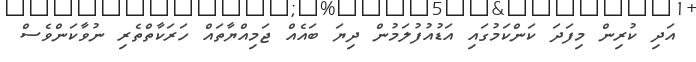
އަދި ކުރިން މިފަދަ ކަންކަމުގައި އަޑުއުފުލަމުން ދިޔަ ބައެއް ޖަމިއްޔާތައް ހަރަކާތްތެރި ނުވާކަންވެސް